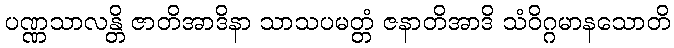
ပဏ္ဏသာလန္တိ ဇာတိအာဒိနာ သာသပမတ္တံ ဇနာတိအာဒိ သံဝိဂ္ဂမာနသောတိ